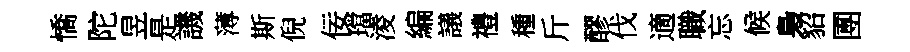
憍陀昱是譏薄斯倪佞璫淩編議禮種斤醪伐適職忘候梟貂圑